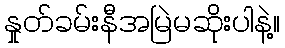
နှုတ်ခမ်းနီအမြဲမဆိုးပါနဲ့။